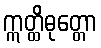
ဣတ္ထိဓုတ္တော